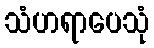
သံဟရာပေသုံ